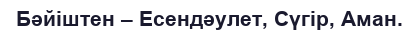
Бәйіштен – Есендәулет, Сүгір, Аман.